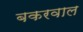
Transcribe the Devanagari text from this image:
बकरवाल